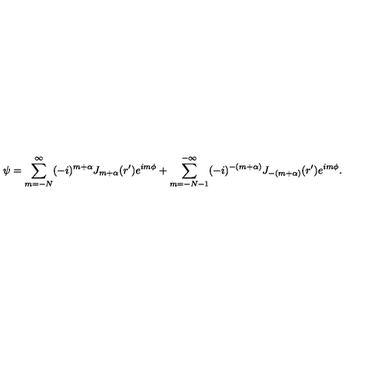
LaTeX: \psi = \sum _ { m = - N } ^ { \infty } ( - i ) ^ { m + \alpha } J _ { m + \alpha } ( r ^ { \prime } ) e ^ { i m \phi } + \sum _ { m = - N - 1 } ^ { - \infty } ( - i ) ^ { - ( m + \alpha ) } J _ { - ( m + \alpha ) } ( r ^ { \prime } ) e ^ { i m \phi } .